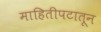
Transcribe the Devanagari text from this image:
माहितीपटातून